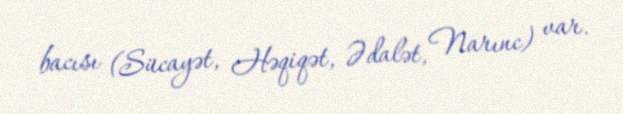
bacısı (Sücayət, Həqiqət, Ədalət, Narınc) var.